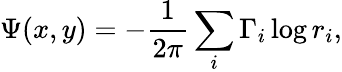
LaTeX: \Psi(x,y)=-\frac{1}{2\pi}\sum_{i}\Gamma_{i}\log r_{i},